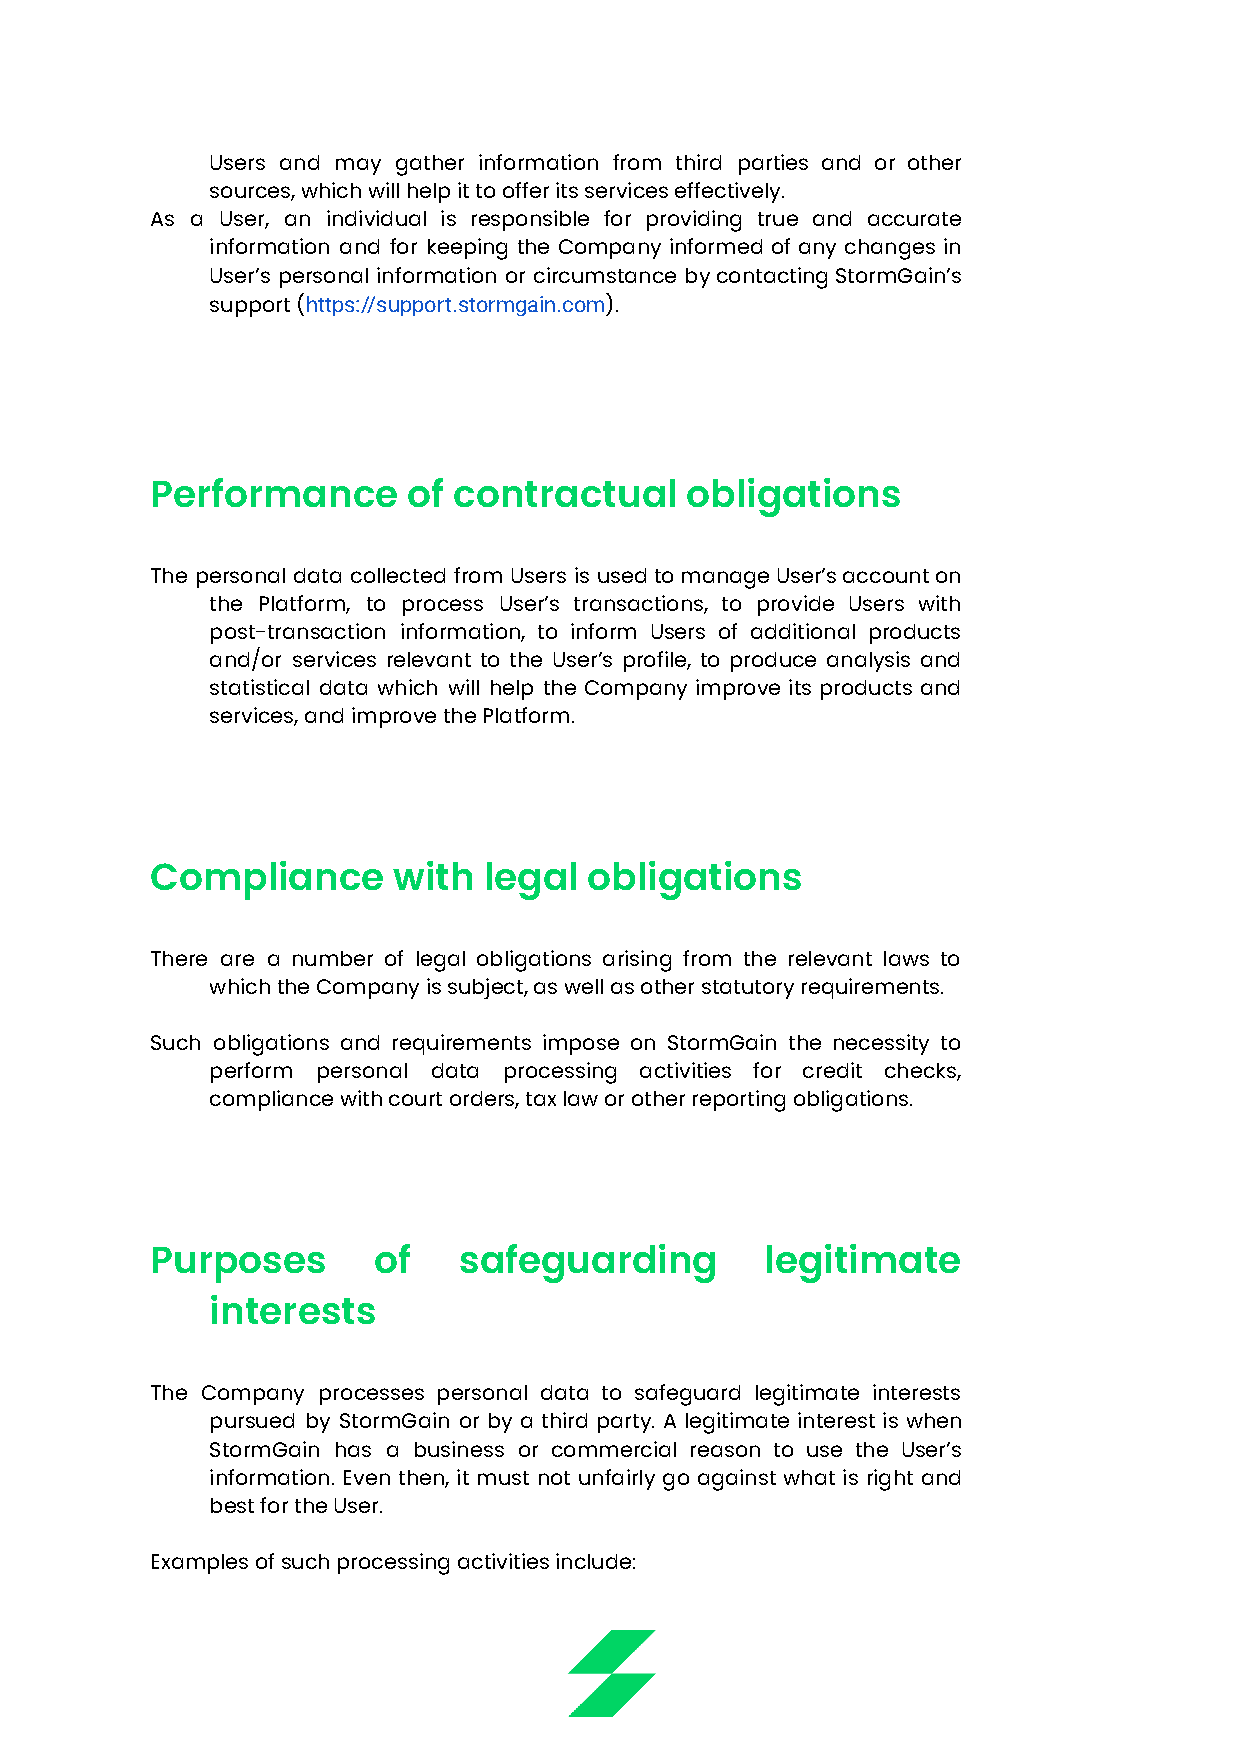
Users and may gather information from third parties and or other
 sources, which will help it to offer its services effectively.
 As a User, an individual is responsible for providing true and accurate
 information and for keeping the Company informed of any changes in
 User’s personal information or circumstance bycontactingStormGain’s
 support (https://support.stormgain.com).
 Performance      of contractual    obligations
 The personal data collected from Users is usedtomanageUser’saccounton
 the Platform, to process User’s transactions, to provide Users with
 post-transaction information, to inform Users of additional products
 and/or services relevant to the User’s profile, to produce analysis and
 statistical data which will help the Company improve its products and
 services, and improve the Platform.
 Compliance      with  legal  obligations
 There are a number of legal obligations arising from the relevant laws to
 which the Company is subject, as well as other statutory requirements.
 Such obligations and requirements impose on StormGain the necessity to
 perform personal data processing activities for credit checks,
 compliance with court orders, tax law or other reporting obligations.
 Purposes       of   safeguarding         legitimate
 interests
 The Company processes personal data to safeguard legitimate interests
 pursued by StormGain or by a third party. A legitimate interest is when
 StormGain has a business or commercial reason to use the User’s
 information. Even then, it must not unfairly go against what is right and
 best for the User.
 Examples of such processing activities include: